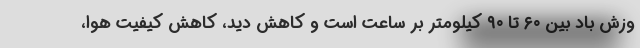
وزش باد بین ۶۰ تا ۹۰ کیلومتر بر ساعت است و کاهش دید، کاهش کیفیت هوا،